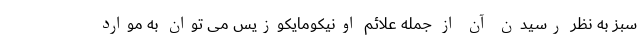
سبز به نظر رسیدن آن از جمله علائم اونیکومایکوزیس می توان به موارد